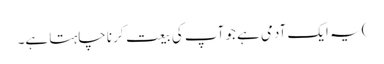
) یہ ایک آدمی ہے جو آپ کی بیعت کرنا چاہتا ہے۔